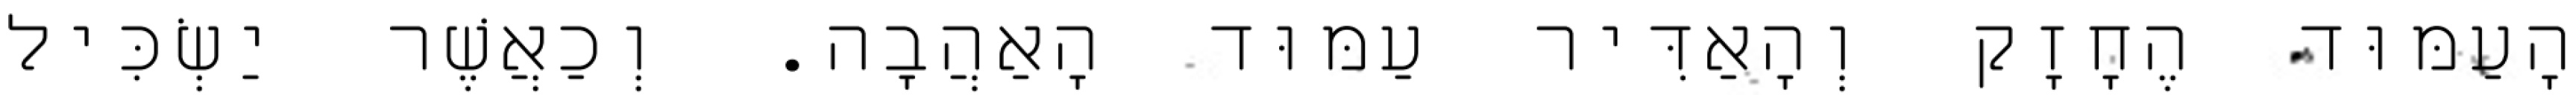
הָעַמּוּד הֶחָזָק וְהָאַדִּיר עַמּוּד הָאַהֲבָה. וְכַאֲשֶׁר יַשְׂכִּיל